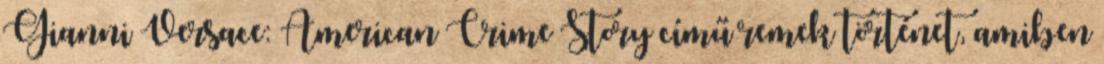
Gianni Versace: American Crime Story című remek történet, amiben